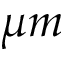
\mu m